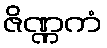
ဇိဏ္ဏကံ